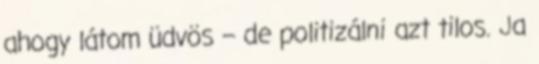
ahogy látom üdvös – de politizálni azt tilos. Ja